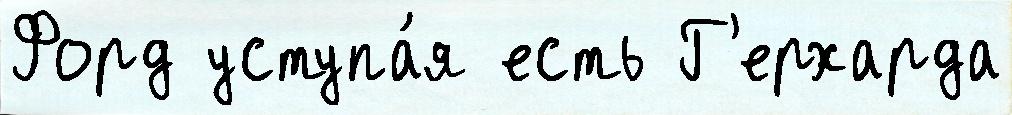
Форд уступа́я есть Г'ерхарда